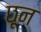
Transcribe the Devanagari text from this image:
छून